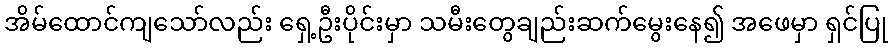
အိမ်ထောင်ကျသော်လည်း ရှေ့ဦးပိုင်းမှာ သမီးတွေချည်းဆက်မွေးနေ၍ အဖေမှာ ရှင်ပြု